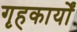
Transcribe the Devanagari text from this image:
गृहकार्यों